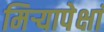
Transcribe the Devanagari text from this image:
मिऱ्यापेक्षां